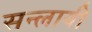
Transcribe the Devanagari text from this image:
सन्लायी